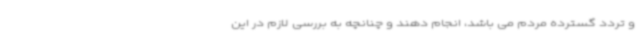
و تردد گسترده مردم می باشد، انجام دهند و چنانچه به بررسی لازم در این